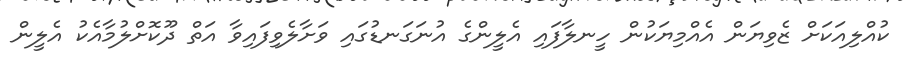
ކުއްލިއަކަށް ޒެވިޔަން އެއްމިޔަކުން ހީނލާފައި އެލީންގެ އުނަގަނޑުގައި ވަށާލެވިފައިވާ އަތް ދޫކޮށްލުމާއެކު އެލީން